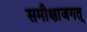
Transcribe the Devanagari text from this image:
समीक्षाजगत्